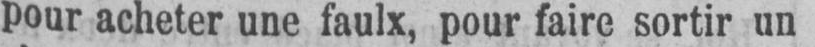
pour acheter une faulx, pour faire sortir un